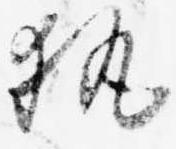
執